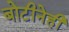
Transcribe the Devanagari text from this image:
बोटीनेही